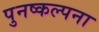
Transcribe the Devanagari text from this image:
पुनष्कल्पना